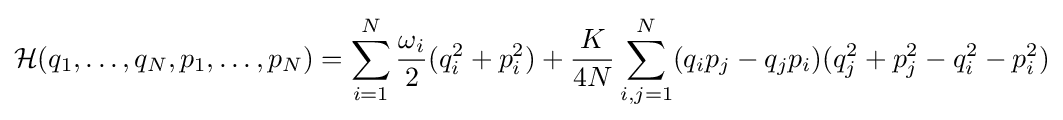
{\mathcal {H}}(q_{1},\ldots ,q_{N},p_{1},\ldots ,p_{N})=\sum _{i=1}^{N}{\frac {\omega _{i}}{2}}(q_{i}^{2}+p_{i}^{2})+{\frac {K}{4N}}\sum _{i,j=1}^{N}(q_{i}p_{j}-q_{j}p_{i})(q_{j}^{2}+p_{j}^{2}-q_{i}^{2}-p_{i}^{2})